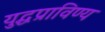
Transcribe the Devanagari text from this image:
युद्धप्राविण्य